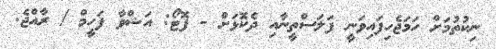
ނިކުތުމަށް ހަމަޖެހިފައިވަނީ ފަލަސްތީނާއި ދެކޮޅަށް - ފޮޓޯ: އަޝްވާ ފަހީމް / ރާއްޖެ.